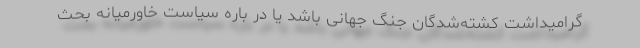
گرامیداشت کشته‌شدگان جنگ جهانی باشد یا در باره سیاست‌ خاورمیانه بحث